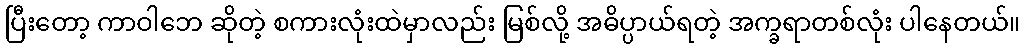
ပြီးတော့ ကာဝါဘေ ဆိုတဲ့ စကားလုံးထဲမှာလည်း မြစ်လို့ အဓိပ္ပာယ်ရတဲ့ အက္ခရာတစ်လုံး ပါနေတယ်။